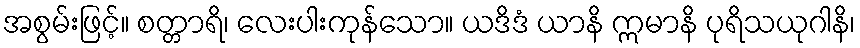
အစွမ်းဖြင့်။ စတ္တာရိ၊ လေးပါးကုန်သော။ ယဒိဒံ ယာနိ ဣမာနိ ပုရိသယုဂါနိ၊